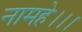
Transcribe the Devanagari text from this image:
नामहे।।।